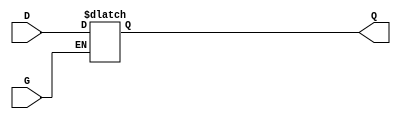
module GatedTransparentLatch (
    input wire D,     // Data Input
    input wire G,     // Enable Signal
    output reg Q      // Output
);

// Always block to model the behavior of the Gated Transparent Latch
always @(*) begin
    if (G) begin
        Q = D; // When G is HIGH, Q follows D
    end
    // When G is LOW, Q retains its last value
end

endmodule